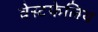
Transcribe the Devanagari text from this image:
वेस्टफेलिय